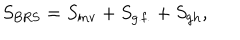
S _ { \mathrm { B R S } } = S _ { \mathrm { i n v } } + S _ { \mathrm { g . f . } } + S _ { \mathrm { g h } } ,